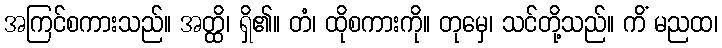
အကြင်စကားသည်။ အတ္ထိ၊ ရှိ၏။ တံ၊ ထိုစကားကို။ တုမှေ၊ သင်တို့သည်။ ကိံ မညထ၊